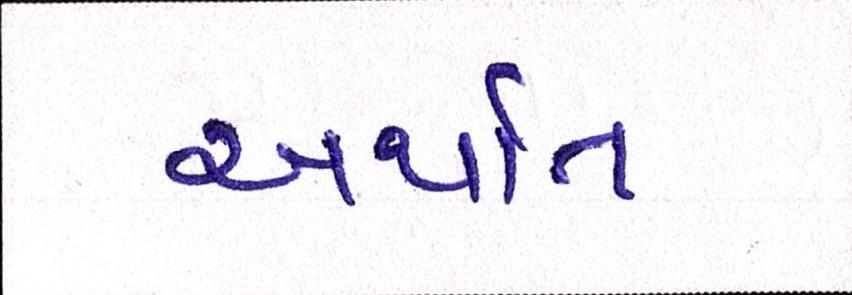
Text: અર્થાત્